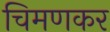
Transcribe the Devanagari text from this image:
चिमणकर